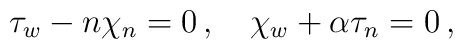
\tau_w-n\chi_n=0\,,\quad\chi_w +\alpha \tau_n = 0 \,,